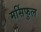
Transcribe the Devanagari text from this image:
मर्सिफुल